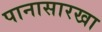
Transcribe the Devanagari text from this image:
पानासारखा